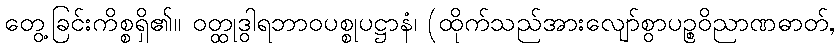
တွေ့ခြင်းကိစ္စရှိ၏။ ဝတ္ထုဒွါရဘာဝပစ္စုပဋ္ဌာနံ၊ (ထိုက်သည်အားလျော်စွာပဉ္စဝိညာဏဓာတ်,